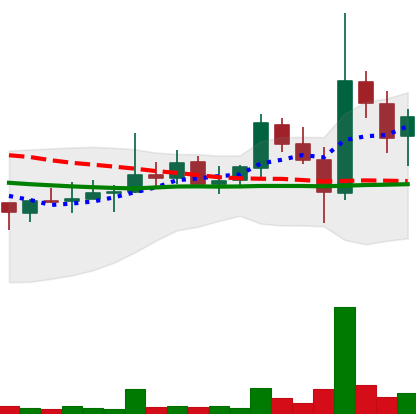
Ticker: DOGE-USD
Chart end date: 2021-10-31
Forward return: -6.701%
Label: down_5_7